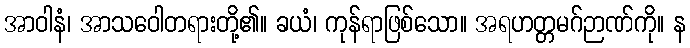
အာဝါနံ၊ အာသဝေါတရားတို့၏။ ခယံ၊ ကုန်ရာဖြစ်သော။ အရဟတ္တမဂ်ဉာဏ်ကို။ န